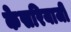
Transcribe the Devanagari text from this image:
केसरियाजी